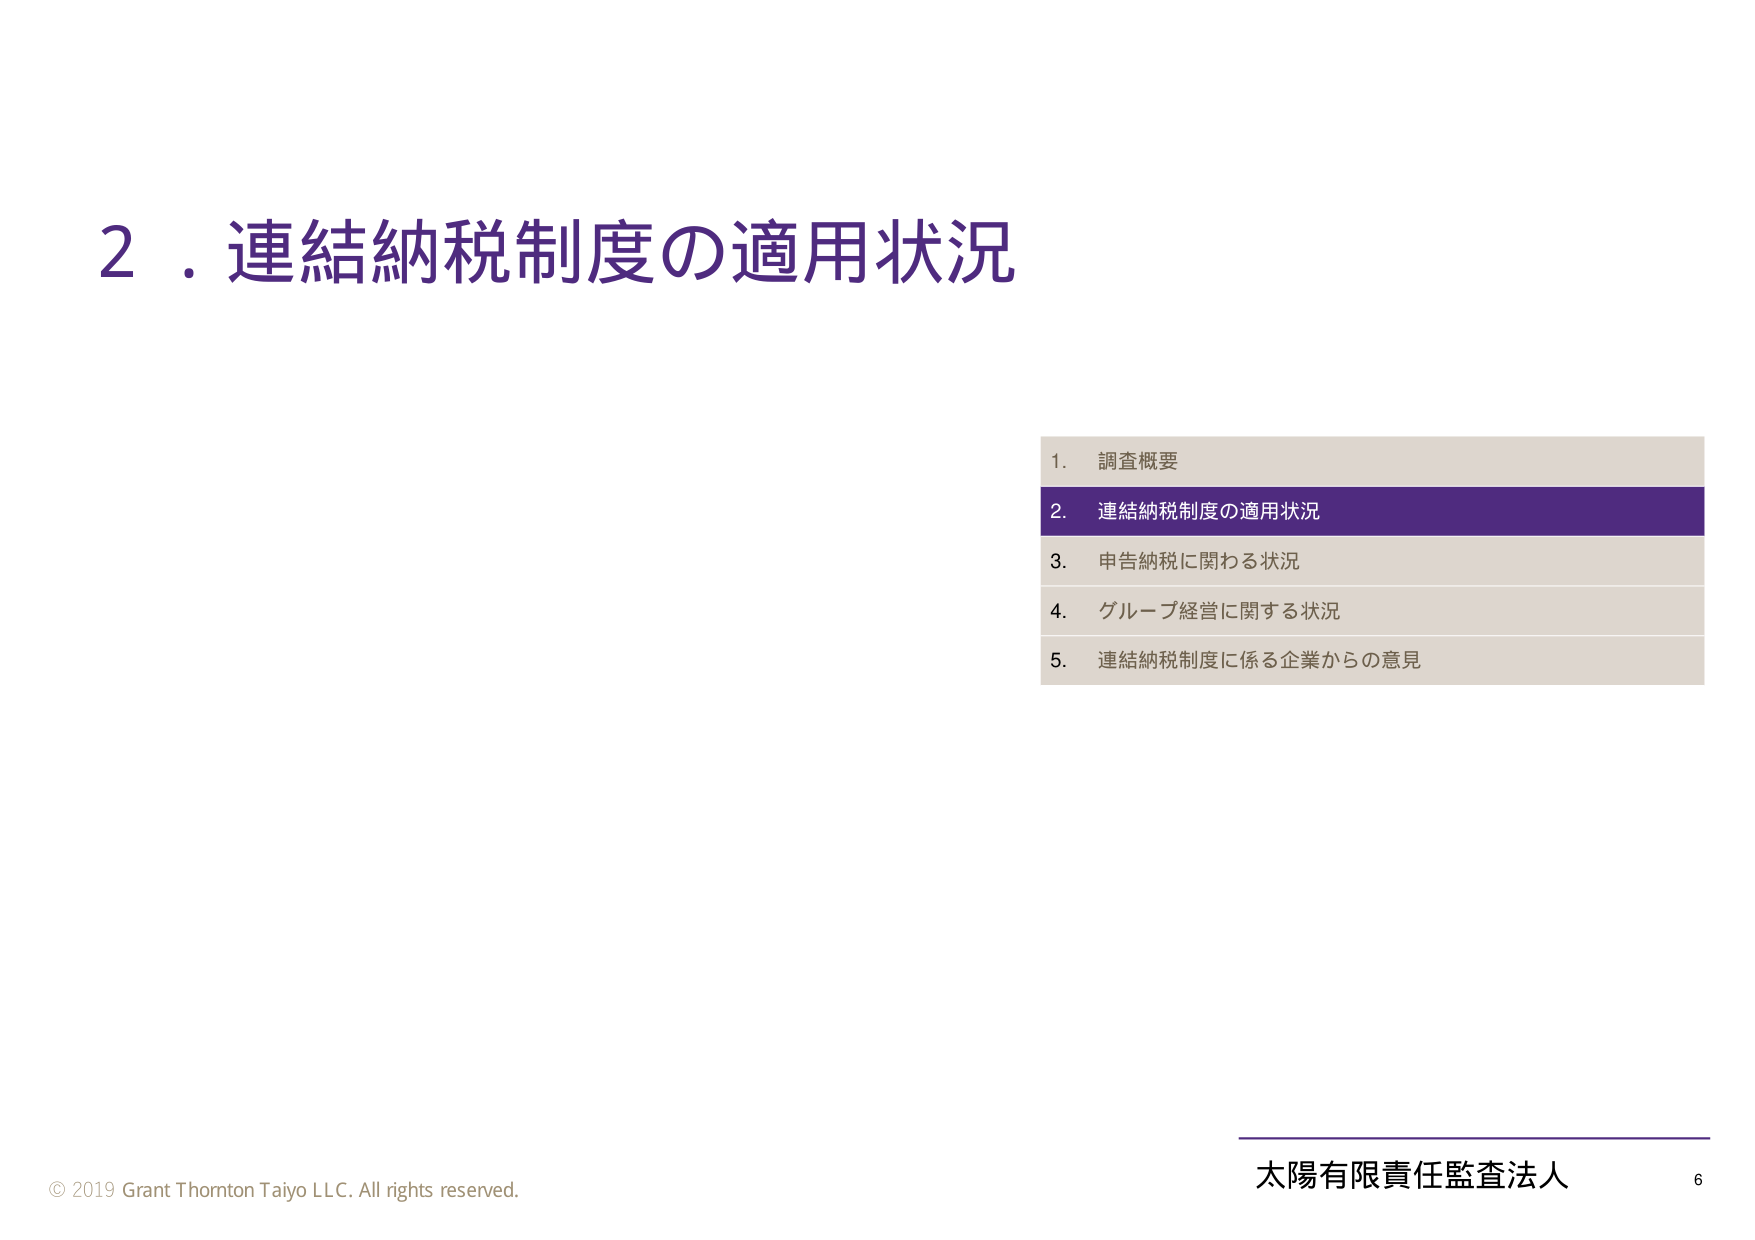
2．連結納税制度の適用状況

1. 調査概要
2. 連結納税制度の適用状況
3. 申告納税に関わる状況
4. グループ経営に関する状況
5. 連結納税制度に係る企業からの意見

© 2019 Grant Thornton Taiyo LLC. All rights reserved.
太陽有限責任監査法人 6